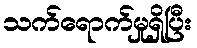
သက်ရောက်မှုရှိပြီး